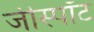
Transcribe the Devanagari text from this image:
जीस्पॉट